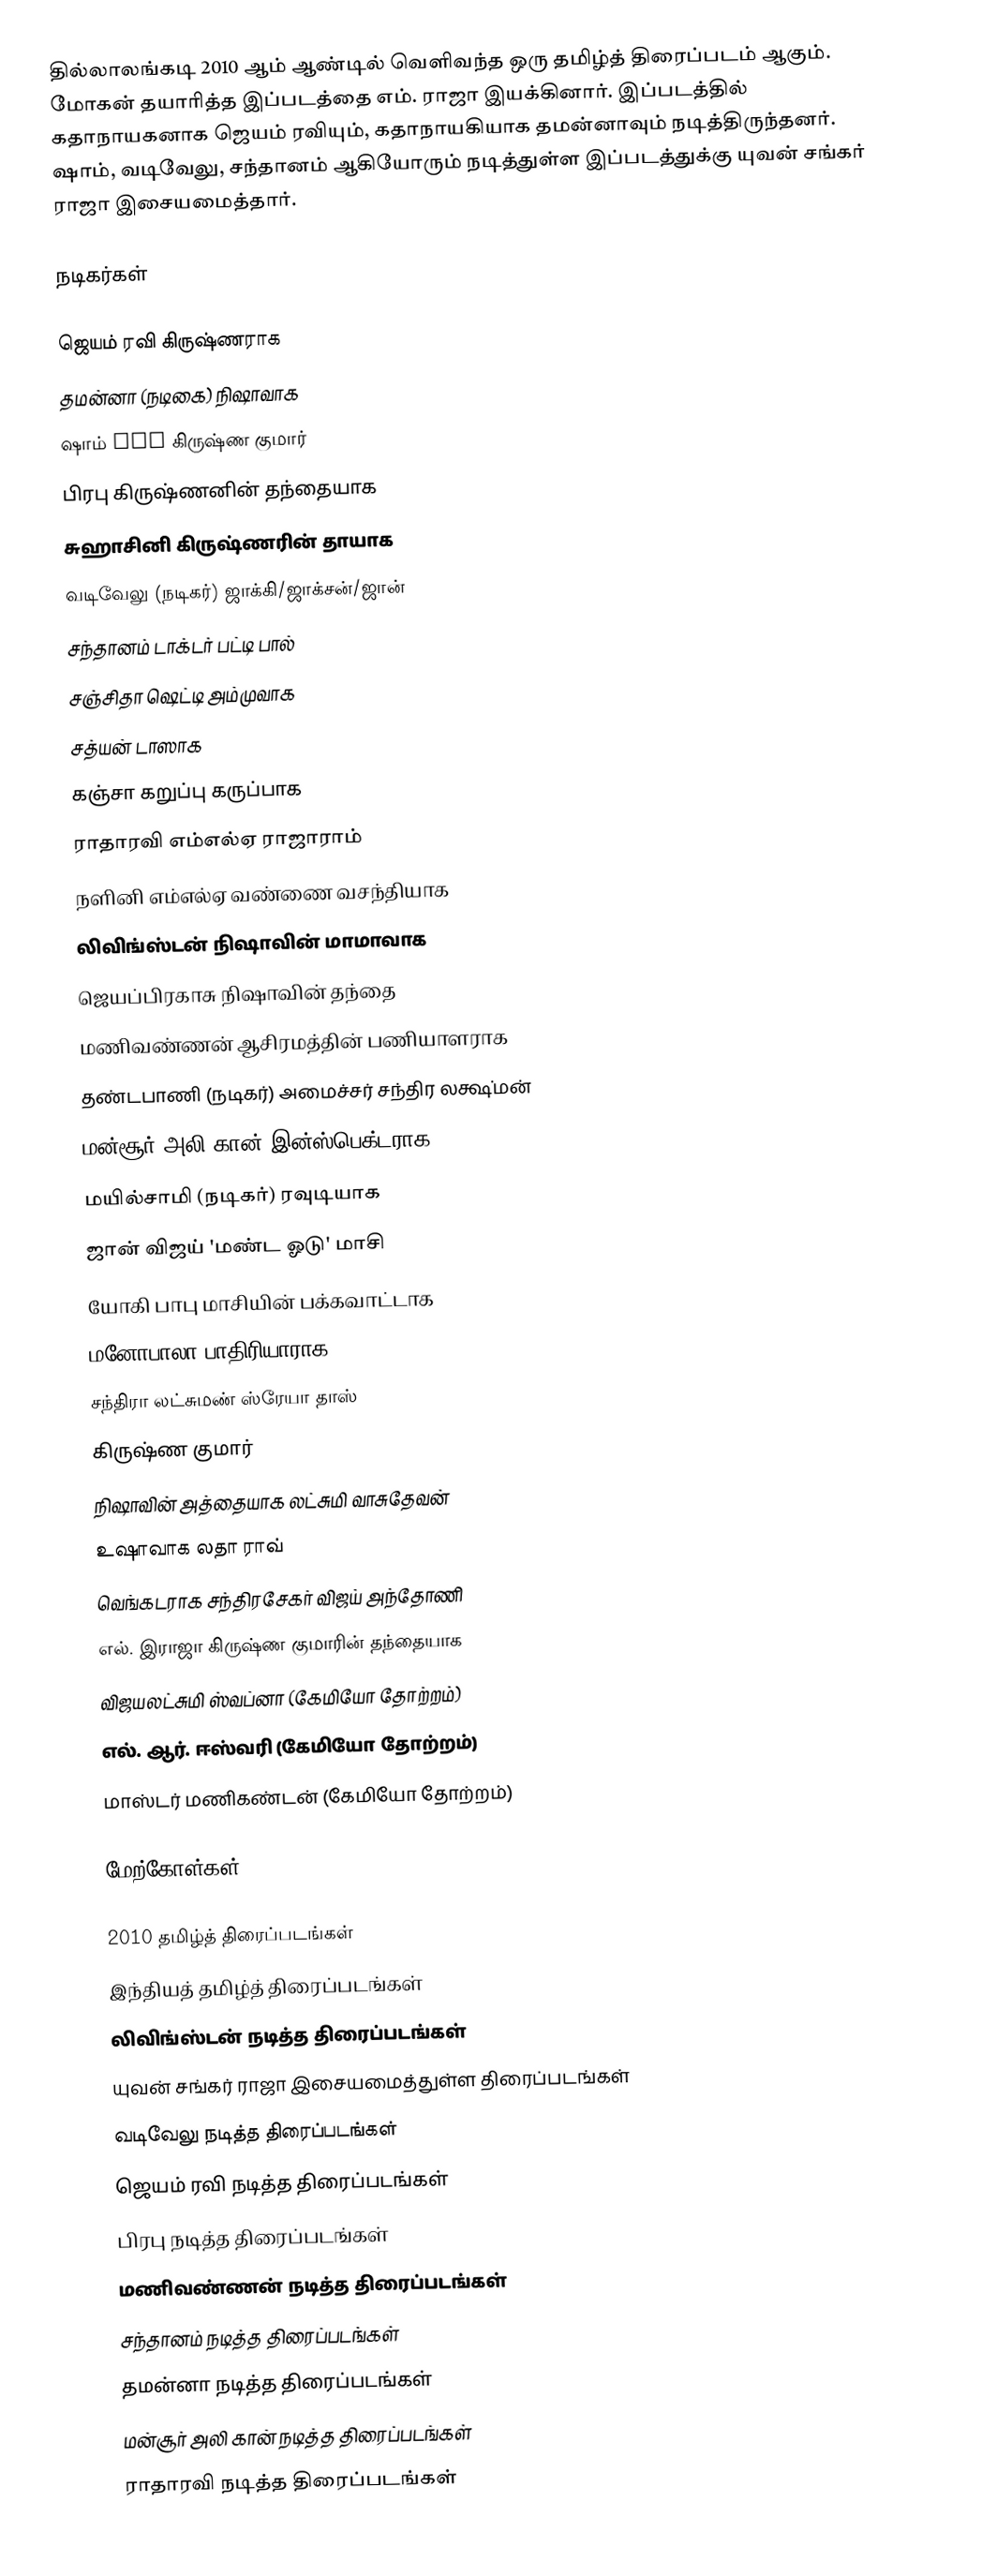
தில்லாலங்கடி 2010 ஆம் ஆண்டில் வெளிவந்த ஒரு தமிழ்த் திரைப்படம் ஆகும். மோகன் தயாரித்த இப்படத்தை எம். ராஜா இயக்கினார். இப்படத்தில் கதாநாயகனாக ஜெயம் ரவியும், கதாநாயகியாக தமன்னாவும் நடித்திருந்தனர். ஷாம், வடிவேலு, சந்தானம் ஆகியோரும் நடித்துள்ள இப்படத்துக்கு யுவன் சங்கர் ராஜா இசையமைத்தார்.

நடிகர்கள்

 ஜெயம் ரவி கிருஷ்ணராக
 தமன்னா (நடிகை) நிஷாவாக
 ஷாம் ACP கிருஷ்ண குமார்
 பிரபு கிருஷ்ணனின் தந்தையாக
 சுஹாசினி கிருஷ்ணரின் தாயாக
 வடிவேலு (நடிகர்) ஜாக்கி/ஜாக்சன்/ஜான்
 சந்தானம் டாக்டர் பட்டி பால்
 சஞ்சிதா ஷெட்டி அம்முவாக
 சத்யன் டாஸாக
 கஞ்சா கறுப்பு கருப்பாக
 ராதாரவி எம்எல்ஏ ராஜாராம்
 நளினி எம்எல்ஏ வண்ணை வசந்தியாக
 லிவிங்ஸ்டன் நிஷாவின் மாமாவாக
 ஜெயப்பிரகாசு நிஷாவின் தந்தை
 மணிவண்ணன் ஆசிரமத்தின் பணியாளராக
 தண்டபாணி (நடிகர்) அமைச்சர் சந்திர லக்ஷ்மன்
 மன்சூர் அலி கான் இன்ஸ்பெக்டராக
 மயில்சாமி (நடிகர்) ரவுடியாக
 ஜான் விஜய் 'மண்ட ஓடு' மாசி
 யோகி பாபு மாசியின் பக்கவாட்டாக
 மனோபாலா பாதிரியாராக
 சந்திரா லட்சுமண் ஸ்ரேயா தாஸ்
 கிருஷ்ண குமார்
 நிஷாவின் அத்தையாக லட்சுமி வாசுதேவன்
 உஷாவாக லதா ராவ்
 வெங்கடராக சந்திரசேகர் விஜய் அந்தோணி
 எல். இராஜா கிருஷ்ண குமாரின் தந்தையாக
 விஜயலட்சுமி ஸ்வப்னா (கேமியோ தோற்றம்)
 எல். ஆர். ஈஸ்வரி (கேமியோ தோற்றம்)
 மாஸ்டர் மணிகண்டன் (கேமியோ தோற்றம்)

மேற்கோள்கள்

2010 தமிழ்த் திரைப்படங்கள்
இந்தியத் தமிழ்த் திரைப்படங்கள்
லிவிங்ஸ்டன் நடித்த திரைப்படங்கள்
யுவன் சங்கர் ராஜா இசையமைத்துள்ள திரைப்படங்கள்
வடிவேலு நடித்த திரைப்படங்கள்
ஜெயம் ரவி நடித்த திரைப்படங்கள்
பிரபு நடித்த திரைப்படங்கள்
மணிவண்ணன் நடித்த திரைப்படங்கள்
சந்தானம் நடித்த திரைப்படங்கள்
தமன்னா நடித்த திரைப்படங்கள்
மன்சூர் அலி கான் நடித்த திரைப்படங்கள்
ராதாரவி நடித்த திரைப்படங்கள்